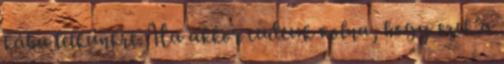
kába lelkünkre. Ha akkor tudtuk volna, hogy ezek a